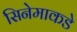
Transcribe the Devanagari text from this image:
सिनेमाकडे